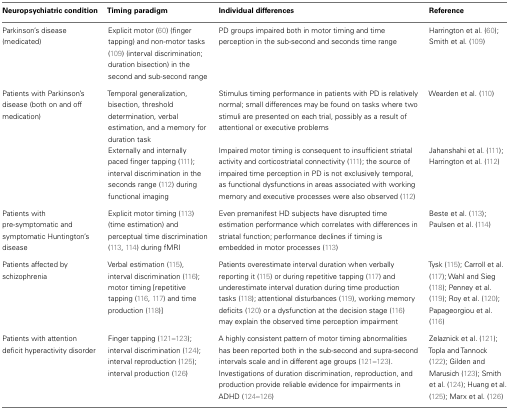
<table><thead><tr><td><b>Neuropsychiatric condition</b></td><td><b>Timing paradigm</b></td><td><b>Individual differences</b></td><td><b>Reference</b></td></tr></thead><tbody><tr><td>Parkinson’s disease (medicated)</td><td>Explicit motor (60) (finger tapping) and non-motor tasks (109) (interval discrimination; duration bisection) in the second and sub-second range</td><td>PD groups impaired both in motor timing and time perception in the sub-second and seconds time range</td><td>Harrington et al. (60); Smith et al. (109)</td></tr><tr><td>Patients with Parkinson’s disease (both on and off medication)</td><td>Temporal generalization, bisection, threshold determination, verbal estimation, and a memory for duration task</td><td>Stimulus timing performance in patients with PD is relatively normal; small differences may be found on tasks where two stimuli are presented on each trial, possibly as a result of attentional or executive problems</td><td>Wearden et al. (110)</td></tr><tr><td></td><td>Externally and internally paced finger tapping (111); interval discrimination in the seconds range (112) during functional imaging</td><td>Impaired motor timing is consequent to insufficient striatal activity and corticostriatal connectivity (111); the source of impaired time perception in PD is not exclusively temporal, as functional dysfunctions in areas associated with working memory and executive processes were also observed (112)</td><td>Jahanshahi et al. (111); Harrington et al. (112)</td></tr><tr><td>Patients with pre-symptomatic and symptomatic Huntington’s disease</td><td>Explicit motor timing (113) (time estimation) and perceptual time discrimination (113, 114) during fMRI</td><td>Even premanifest HD subjects have disrupted time estimation performance which correlates with differences in striatal function; performance declines if timing is embedded in motor processes (113)</td><td>Beste et al. (113); Paulsen et al. (114)</td></tr><tr><td>Patients affected by schizophrenia</td><td>Verbal estimation (115), interval discrimination (116); motor timing [repetitive tapping (116, 117) and time production (118)]</td><td>Patients overestimate interval duration when verbally reporting it (115) or during repetitive tapping (117) and underestimate interval duration during time production tasks (118); attentional disturbances (119), working memory deficits (120) or a dysfunction at the decision stage (116) may explain the observed time perception impairment</td><td>Tysk (115); Carroll et al. (117); Wahl and Sieg (118); Penney et al. (119); Roy et al. (120); Papageorgiou et al. (116)</td></tr><tr><td>Patients with attention deficit hyperactivity disorder</td><td>Finger tapping (121–123); interval discrimination (124); interval reproduction (125); interval production (126)</td><td>A highly consistent pattern of motor timing abnormalities has been reported both in the sub-second and supra-second intervals scale and in different age groups (121–123). Investigations of duration discrimination, reproduction, and production provide reliable evidence for impairments in ADHD (124–126)</td><td>Zelaznick et al. (121); Topla and Tannock (122); Gilden and Marusich (123); Smith et al. (124); Huang et al. (125); Marx et al. (126)</td></tr></tbody></table>